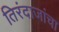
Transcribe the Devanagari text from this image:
तिरंदाजांचा